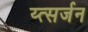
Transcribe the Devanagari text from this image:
य्त्सर्जन